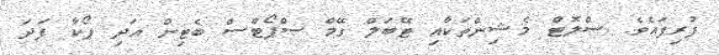
ފުރިފައެވެ. ސްލޮޓް މެޝިންތަކާއި ޓޭބަލް ގޭމް ސްޕޯޓްސް ބެޓިން އަދި ޕޯކާ ފަދަ